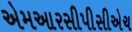
એમઆરસીપીસીએચ